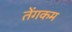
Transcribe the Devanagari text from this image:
तेंगकम